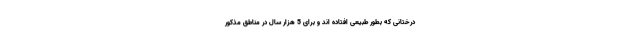
درختانی که بطور طبیعی افتاده اند و برای 5 هزار سال در مناطق مذکور